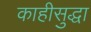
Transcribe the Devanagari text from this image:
काहीसुद्धा